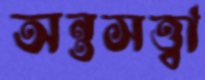
অন্তসত্ত্বা